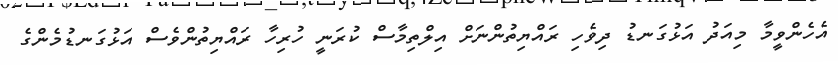
އެހެންވީމާ މިއަދު އަޅުގަނޑު ދިވެހި ރައްޔިތުންނަށް އިލްތިމާސް ކުރަނީ ހުރިހާ ރައްޔިތުންވެސް އަޅުގަނޑުމެންގެ